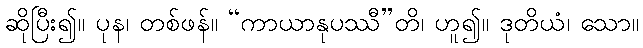
ဆိုပြီး၍။ ပုန၊ တစ်ဖန်။ “ကာယာနုပဿီ”တိ၊ ဟူ၍။ ဒုတိယံ၊ သော။